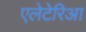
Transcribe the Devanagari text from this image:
एलेटेरिआ